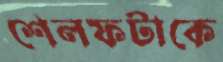
শেলফটাকে